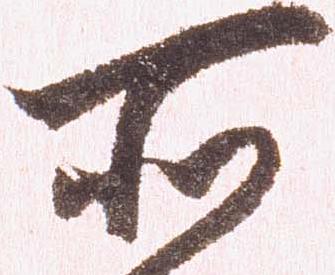
所